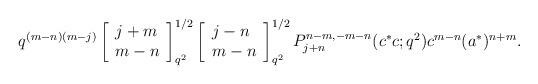
LaTeX: \begin{align*}q^{(m-n)(m-j)}\left[ \begin{array}{l}j+m\\m-n\end{array}\right]^{1/2}_{q^{2}}\left[ \begin{array}{l}j-n\\m-n\end{array}\right]^{1/2}_{q^{2}}P^{n-m,-m-n}_{j+n}(c^{*}c;q^2)c^{m-n}(a^{*})^{n+m}. \end{align*}